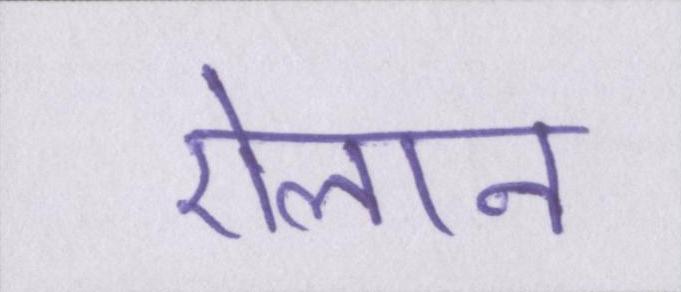
ऐलान